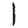
Digit: 1